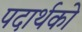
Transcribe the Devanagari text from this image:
पदार्थको